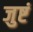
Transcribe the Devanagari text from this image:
जुष्टं